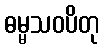
ဓမ္မသဝပိတု